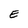
Character: E